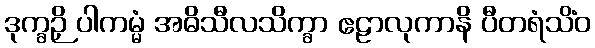
ဒုက္ခဉှိ ပါကမ္မံ အဓိသီလသိက္ခာ ဧဠာလုကာနိ ပီတရံသိံဝ